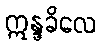
ဣန္ဒခိလေ